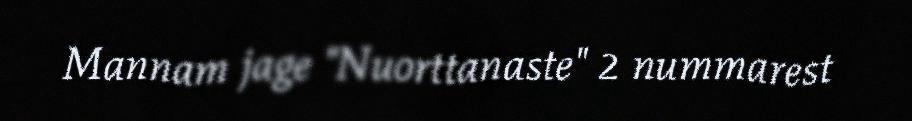
Mannam jage "Nuorttanaste" 2 nummarest